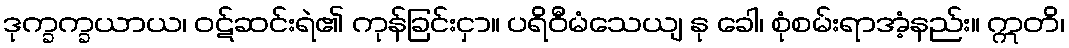
ဒုက္ခက္ခယာယ၊ ဝဋ်ဆင်းရဲ၏ ကုန်ခြင်းငှာ။ ပရိဝီမံသေယျ နု ခေါ၊ စုံစမ်းရာအံ့နည်း။ ဣတိ၊